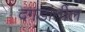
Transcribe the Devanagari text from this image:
दगडांतील